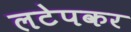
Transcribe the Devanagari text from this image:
लटेपकर